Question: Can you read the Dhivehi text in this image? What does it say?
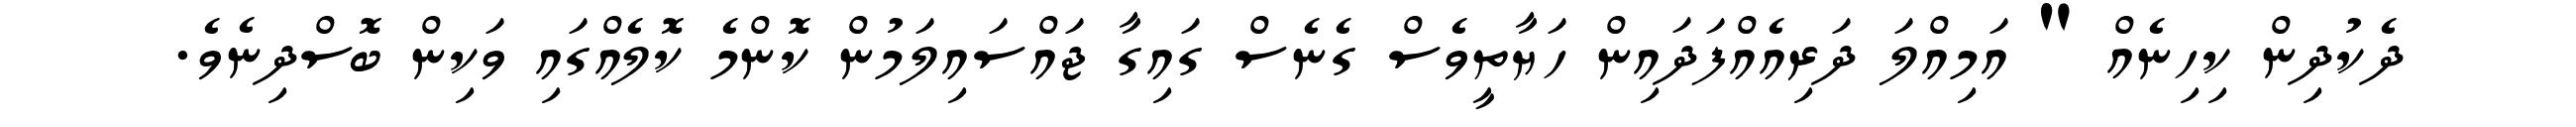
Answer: ދެކުދިން ކިހިނެއް " އަމިއްލަ ދަރިއެއްފަދައިން ހަޔާތީވެސް ގެނެސް ގައިގާ ޖައްސައިލަމުން ކޮންމެ ކޮލެއްގައި ވަކިން ބޮސްދިނެވެ.